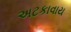
અટકાવાય